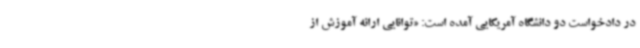
در دادخواست دو دانشگاه آمریکایی آمده است: «توانایی ارائه آموزش از